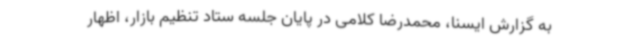
به گزارش ایسنا، محمدرضا کلامی در پایان جلسه ستاد تنظیم بازار، اظهار